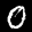
Label: 0